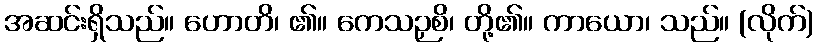
အဆင်းရှိသည်။ ဟောတိ၊ ၏။ ကေသဉှစိ၊ တို့၏။ ကာယော၊ သည်။ (လိုက်)